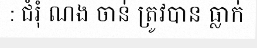
: ជំរុំ ណង ចាន់ ត្រូវបាន ធ្លាក់